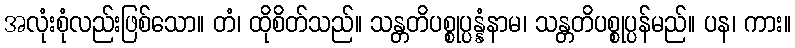
အလုံးစုံလည်းဖြစ်သော။ တံ၊ ထိုစိတ်သည်။ သန္တတိပစ္စုပ္ပန္နံနာမ၊ သန္တတိပစ္စုပ္ပန်မည်။ ပန၊ ကား။